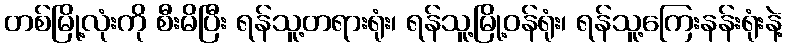
တစ်မြို့လုံးကို စီးမိပြီး ရန်သူ့တရားရုံး၊ ရန်သူ့မြို့ဝန်ရုံး၊ ရန်သူ့ကြေးနန်းရုံးနဲ့